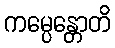
ကမ္ပေန္တောတိ